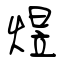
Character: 煜